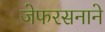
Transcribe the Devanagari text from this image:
जेफरसनाने